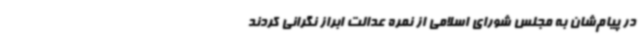
در پیام‌شان به مجلس شورای اسلامی از نمره عدالت ابراز نگرانی کردند